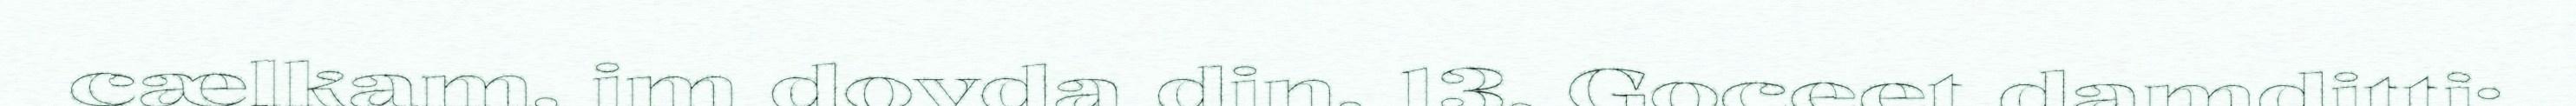
cælkam, im dovda din. 13. Goceet damditti;